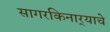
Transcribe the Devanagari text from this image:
सागरकिनार्‍याचे